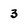
Character: 3